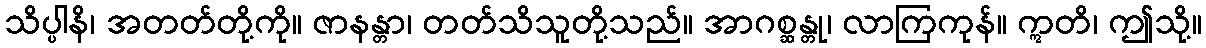
သိပ္ပါနိ၊ အတတ်တို့ကို။ ဇာနန္တာ၊ တတ်သိသူတို့သည်။ အာဂစ္ဆန္တု၊ လာကြကုန်။ ဣတိ၊ ဤသို့။